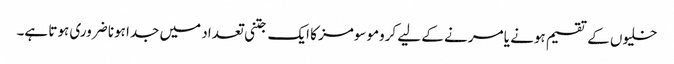
خلیوں کے تقسیم ہونے یا مرنے کے لیے کروموسومز کا ایک جتنی تعداد میں جدا ہونا ضروری ہوتا ہے۔